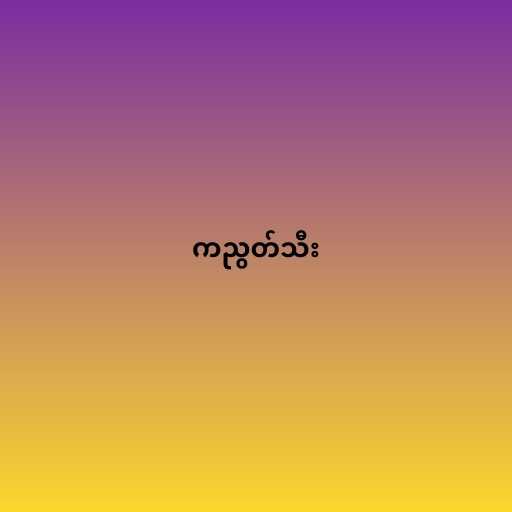
ကညွတ်သီး